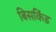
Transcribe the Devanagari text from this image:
बिसकिंड